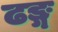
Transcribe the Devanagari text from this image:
ढङ्ग